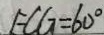
F C G = 6 0 ^ { \circ }